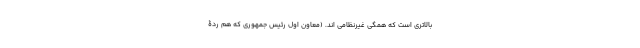
بالاتری است که همگی غیرنظامی اند. (معاون اول رئیس جمهوری که هم‌ْ ردۀ